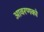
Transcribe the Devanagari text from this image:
आवरणको